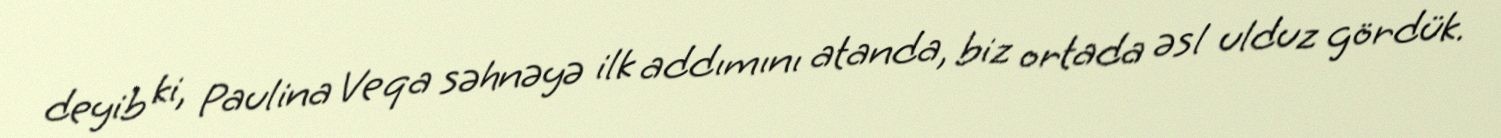
deyib ki, Paulina Veqa səhnəyə ilk addımını atanda, biz ortada əsl ulduz gördük.